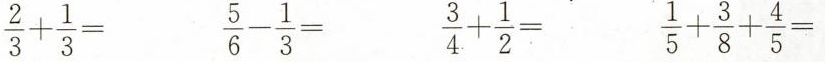
$$\frac { 2 } { 3 } + \frac { 1 } { 3 } =$$ $$\frac { 5 } { 6 } - \frac { 1 } { 3 } =$$ $$\frac { 3 } { 4 } + \frac { 1 } { 2 } =$$ $$\frac { 1 } { 5 } + \frac { 3 } { 8 } + \frac { 4 } { 5 } =$$